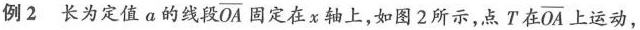
例2 长为定值a的线段 $$\overline{OA}$$ 固定在x轴上，如图2所示，点T在 $$\overline{OA}$$ 上运动，